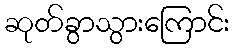
ဆုတ်ခွာသွားကြောင်း